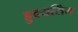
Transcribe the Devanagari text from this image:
ह्रुदयसिंग